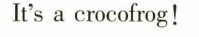
It's a crocofrog!